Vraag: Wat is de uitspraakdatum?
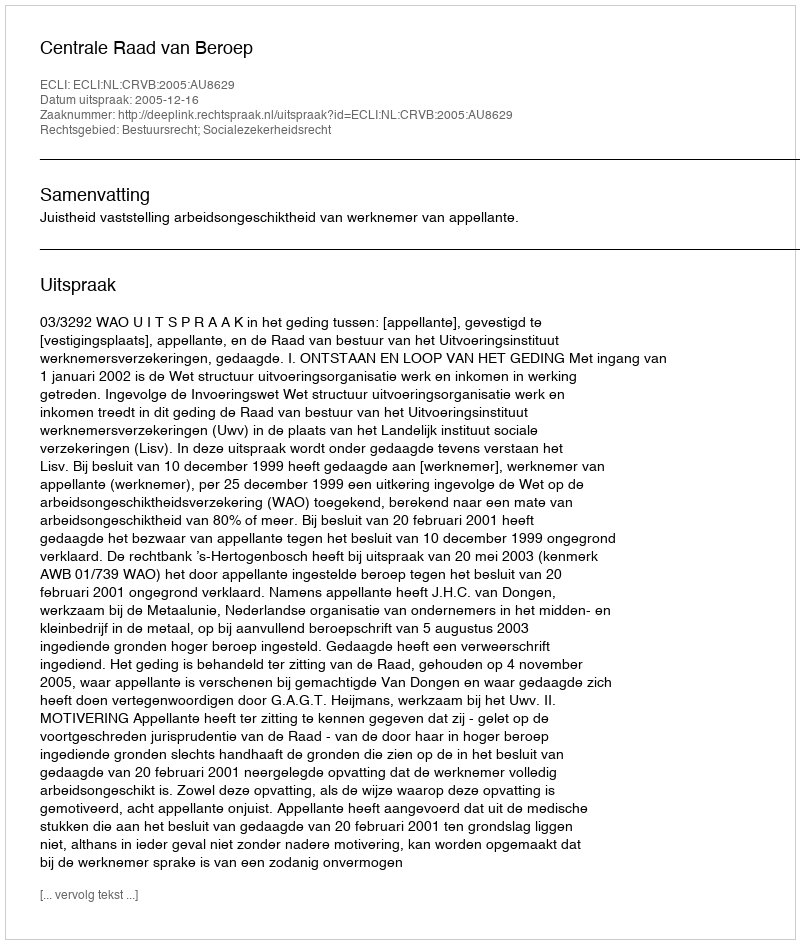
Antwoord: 2005-12-16